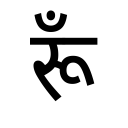
OCR:
रूँ